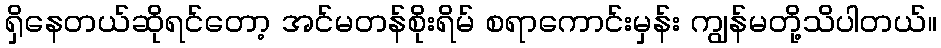
ရှိနေတယ်ဆိုရင်တော့ အင်မတန်စိုးရိမ် စရာကောင်းမှန်း ကျွန်မတို့သိပါတယ်။